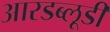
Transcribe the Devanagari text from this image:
आरडब्लूडी